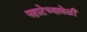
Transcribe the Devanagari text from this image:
पहाटेच्यावेळी